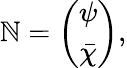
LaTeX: \mathbb{N}=\left(\begin{array}{c}{{\psi}}\\ {{\bar{\chi}}}\end{array}\right),